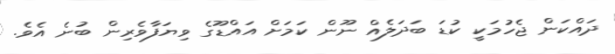
ދައްކަން ޖެހުމަކީ ކުޑަ ބަދަލެއް ނޫން ކަމަށް އައްޑޫގެ ވިޔަފާވެރިން ބުނެ އެވެ.